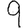
Digit: 9